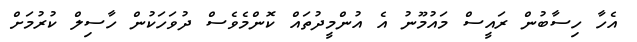
އެހާ ހިސާބުން ރައީސް މައުމޫނު އެ އުންމީދުތައް ކޮންމެވެސް ދުވަހަކުން ހާސިލް ކުރުމަށް